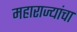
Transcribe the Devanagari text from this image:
महाराज्यांचा